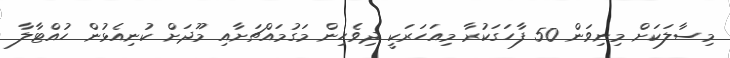
މިސާލަކަށް މިނިވަން 50 ފާހަގަކުރާ މިއަހަރަކީ ދިވެހިން މަގުމައްޗަށާއި މޫދަށް ކުނިއެޅުން ހުއްޓާލާ